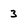
Character: 3